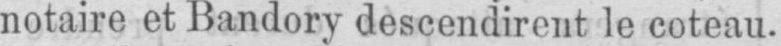
notaire et Bandory descendirent le coteau.